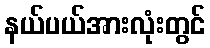
နယ်ပယ်အားလုံးတွင်